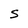
Character: S